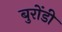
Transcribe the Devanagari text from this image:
बुरोंडी